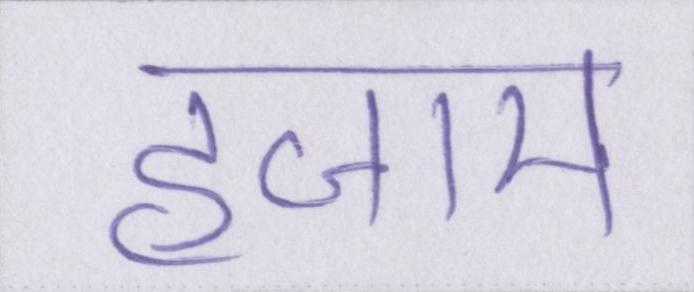
हजाम